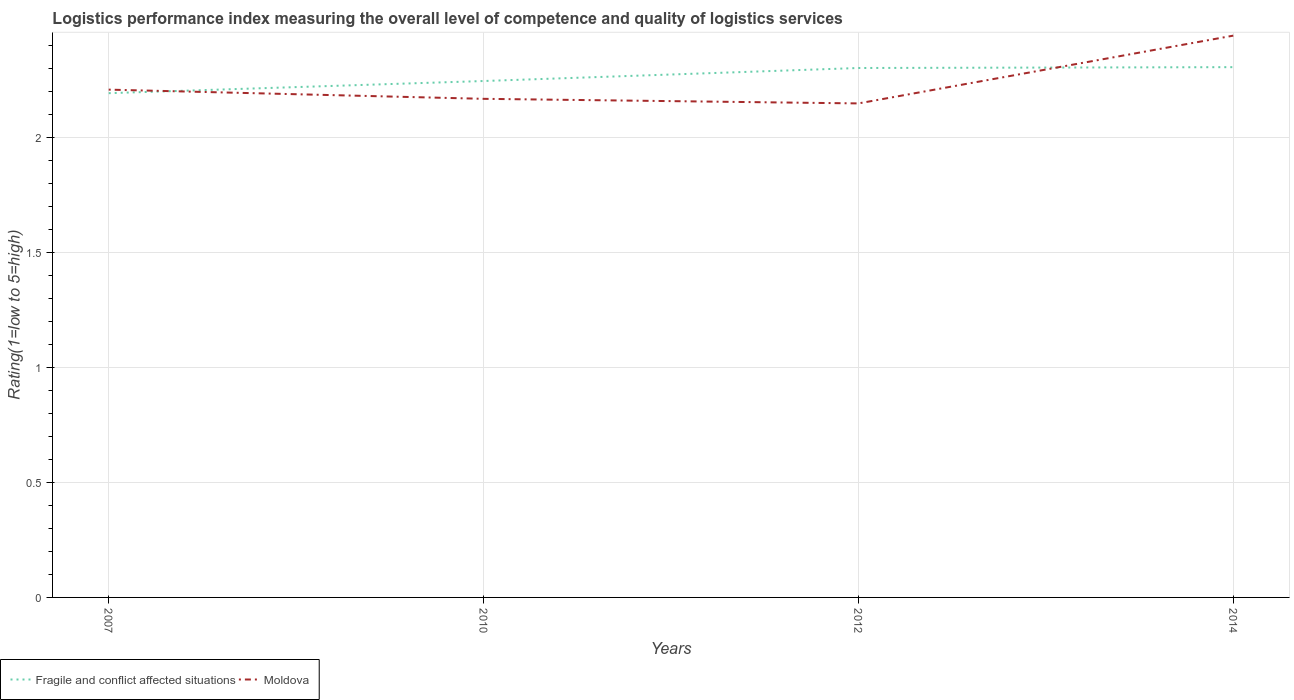
| Years | Fragile and conflict affected situations | Moldova |
 | --- | --- | --- |
 | 2007 | 2.19 | 2.21 |
 | 2010 | 2.25 | 2.17 |
 | 2012 | 2.3 | 2.15 |
 | 2014 | 2.31 | 2.44 |